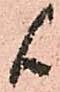
候